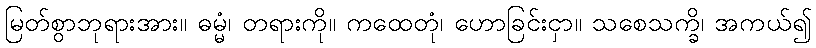
မြတ်စွာဘုရားအား။ ဓမ္မံ၊ တရားကို။ ကထေတုံ၊ ဟောခြင်းငှာ။ သစေသက္ခိ၊ အကယ်၍